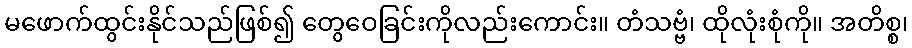
မဖောက်ထွင်းနိုင်သည်ဖြစ်၍ တွေဝေခြင်းကိုလည်းကောင်း။ တံသဗ္ဗံ၊ ထိုလုံးစုံကို။ အတိစ္စ၊